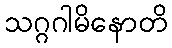
သဂ္ဂဂါမိနောတိ